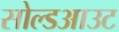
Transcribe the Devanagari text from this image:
सोल्डआउट